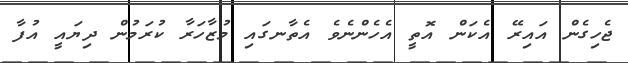
ޖެހިގެން އައިރޭ އެކަން އޮތީ އެހެންނެވެ އެތާނގައި މުޒާހަރާ ކުރަމުން ދިޔައީ އުފާ